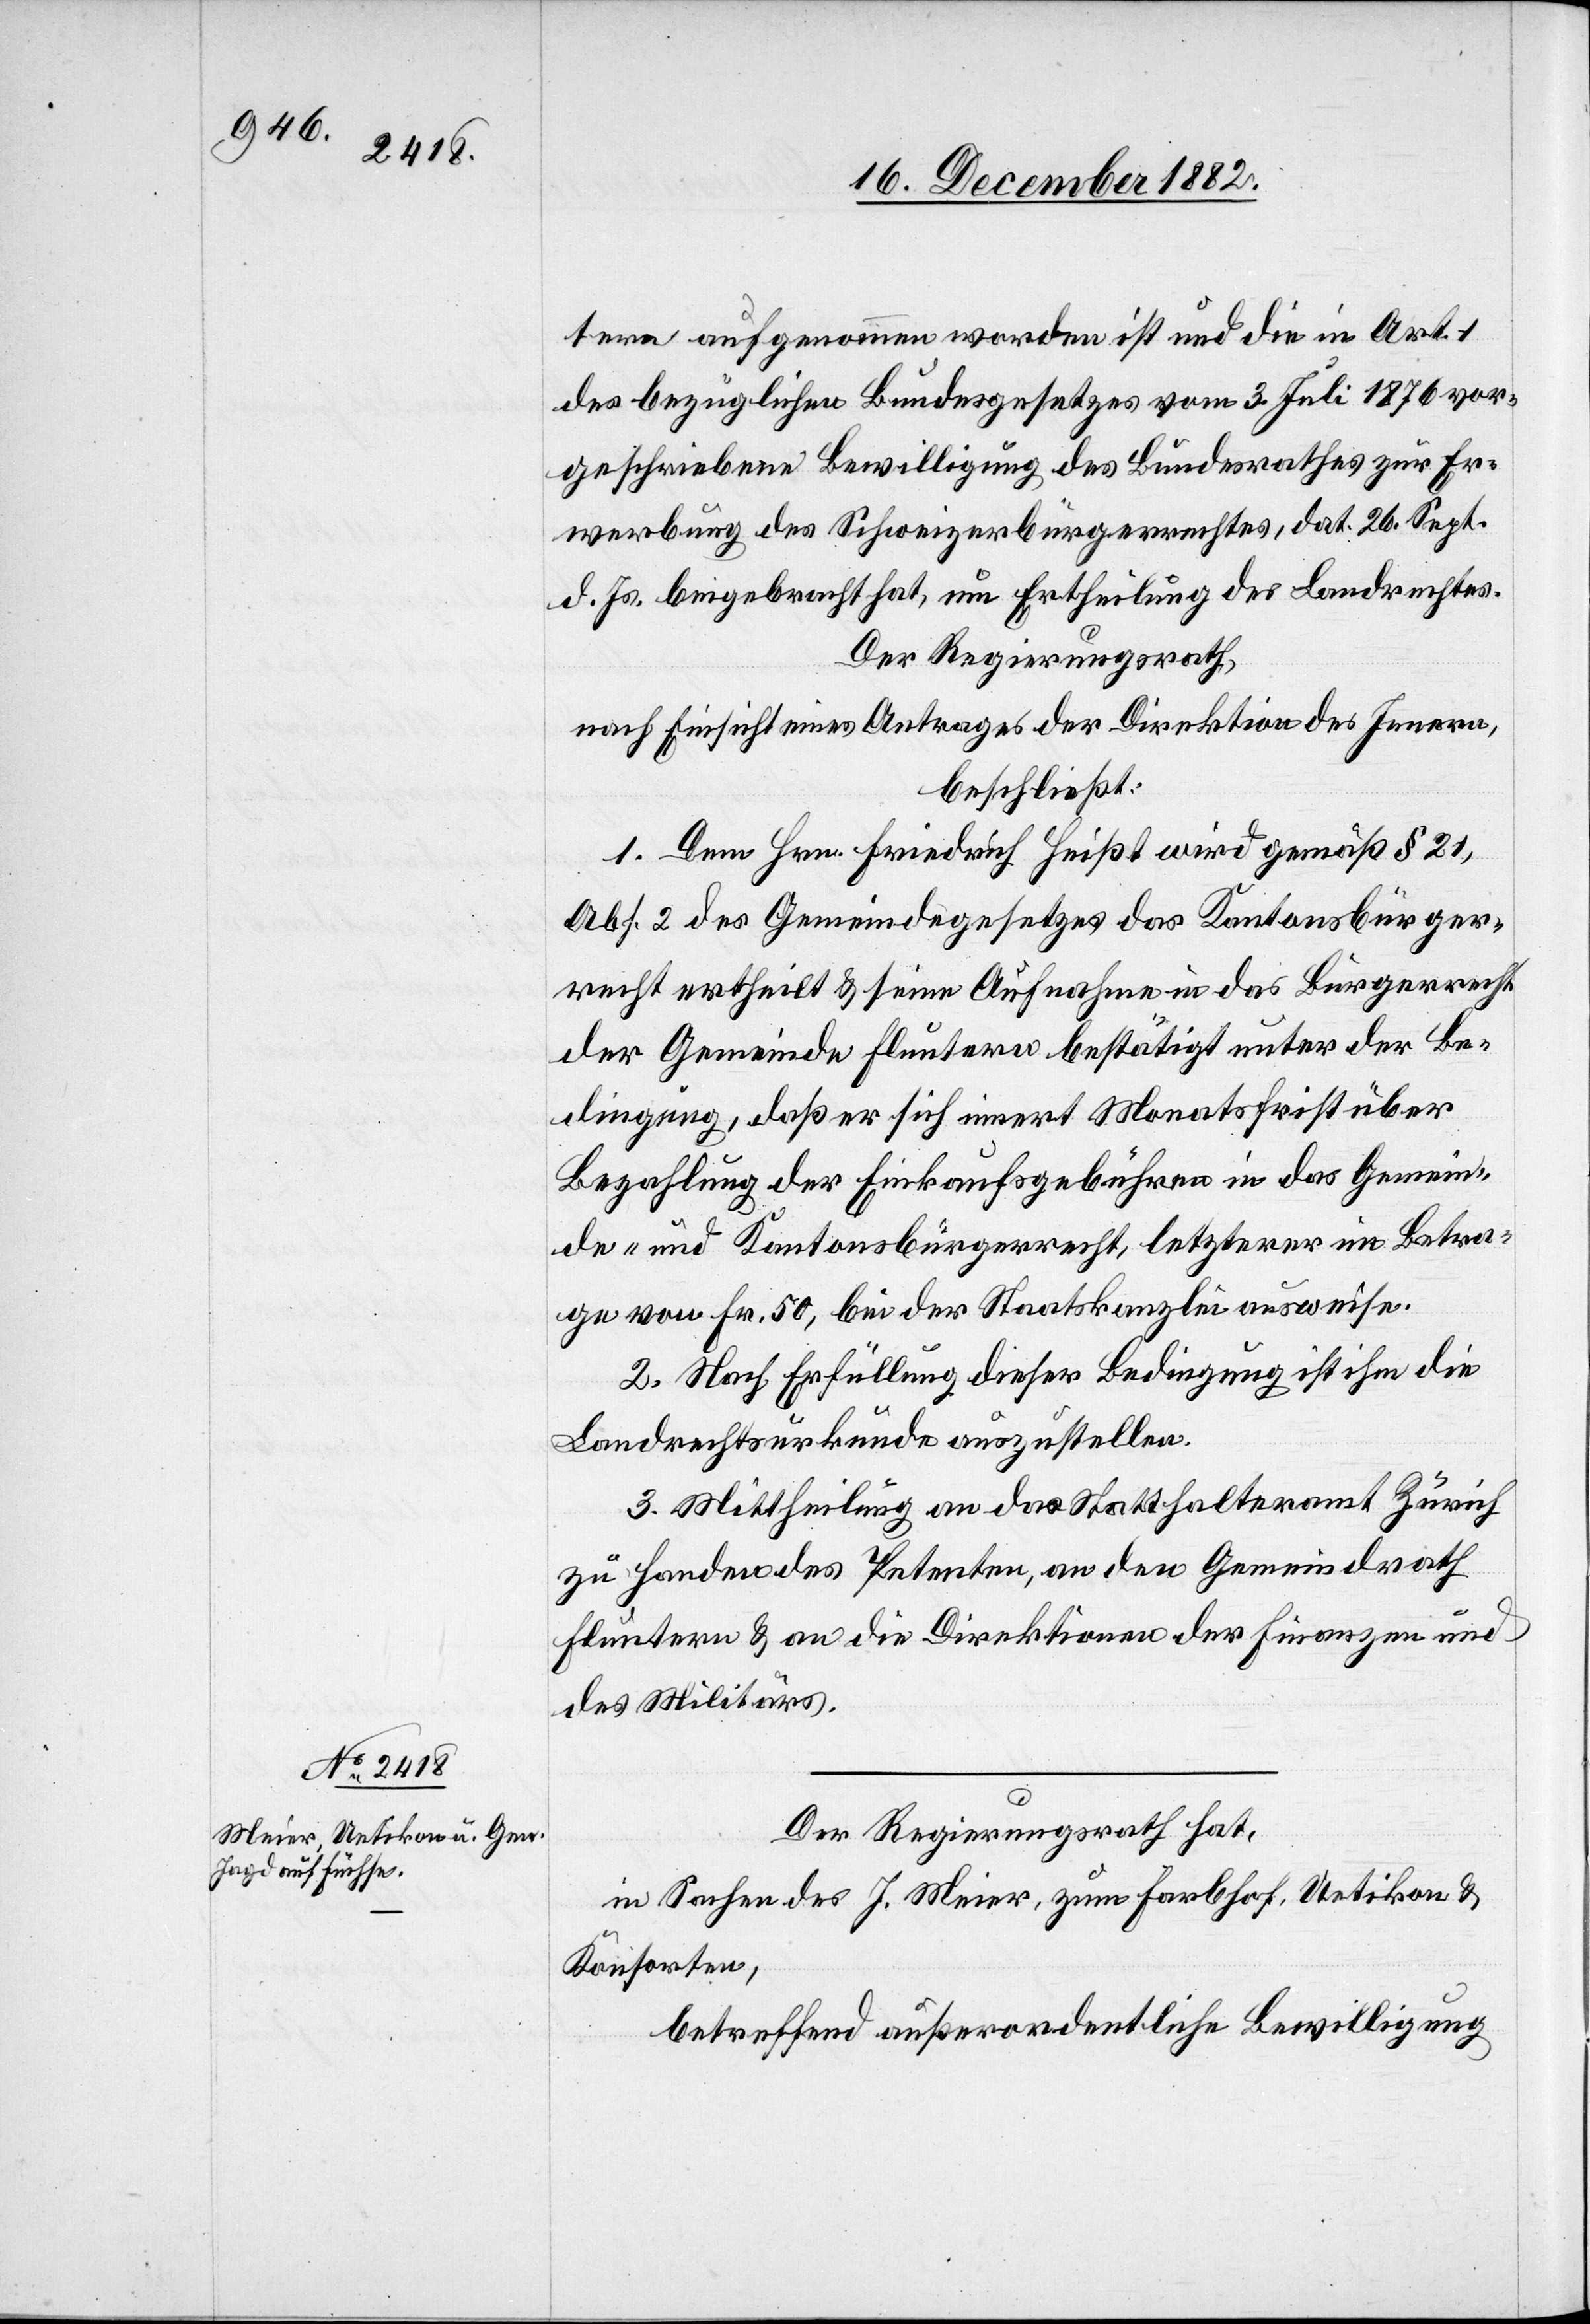
tern aufgenommen worden ist und die in Art. 1
des bezüglichen Bundesgesetzes vom 3. Juli 1876 vor¬
geschriebene Bewilligung des Bundesrathes zur Er¬
werbung des Schweizerbürgerrechtes, dat. 26. Sept.
d. Js. beigebracht hat, um Ertheilung des Landrechtes.
Der Regierungsrath,
nach Einsicht eines Antrages der Direktion des Innern,
beschließt:
1. Dem Hrn. Friedrich Heißt wird gemäß § 21,
Abs. 2 des Gemeindegesetzes das Kantonsbürger¬
recht ertheilt & seine Aufnahme in das Bürgerrecht
der Gemeinde Fluntern bestätigt unter der Be¬
dingung, daß er sich innert Monatsfrist über
Bezahlung der Einkaufsgebühren in das Gemein¬
de- und Kantonsbürgerrecht, letzterer im Betra¬
ge von Fr. 50, bei der Staatskanzlei ausweise.
2. Nach Erfüllung dieser Bedingung ist ihm die
Landrechtsurkunde auszustellen.
3. Mittheilung an das Statthalteramt Zürich
zu Handen des Petenten, an den Gemeindrath
Fluntern & an die Direktionen der Finanzen und
des Militärs.
Der Regierungsrath hat,
in Sachen des J. Meier, zum Farbhof, Uetikon &
Konsorten,
betreffend außerordentliche Bewilligung